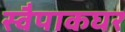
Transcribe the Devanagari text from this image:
स्वैपाकघर